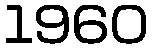
1960